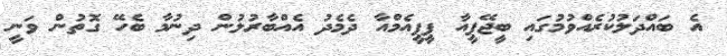
އެ ބައްދަލުކުރެއްވުމުގައި ބީޖޭޕީއާ ޕީޕީއެމްއާ ދެމެދު އެއްބާރުލުން ދިނުމާ ބެހޭ ގޮތުން ވަނީ